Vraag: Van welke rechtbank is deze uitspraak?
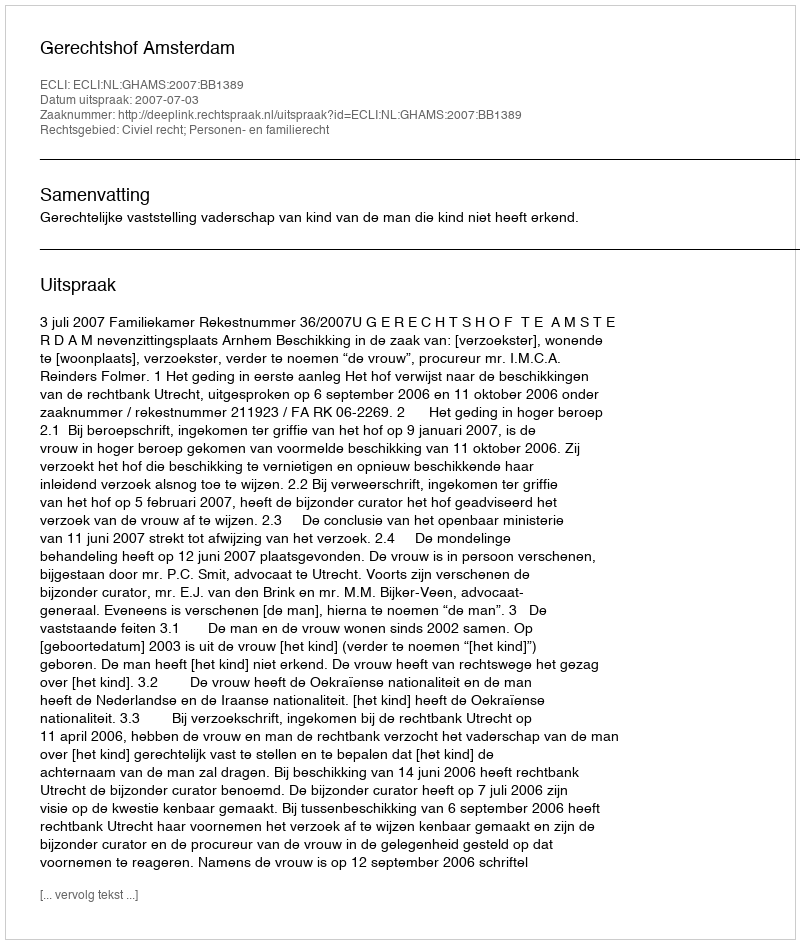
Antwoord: Gerechtshof Amsterdam